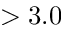
> 3 . 0